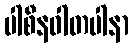
ပါစီနဝါတပါနာ